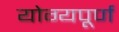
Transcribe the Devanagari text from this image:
योग्यपूर्ण